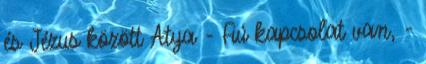
és Jézus között Atya - Fiú kapcsolat van, -